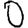
Digit: 0